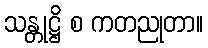
သန္တုဋ္ဌိ စ ကတညုတာ။